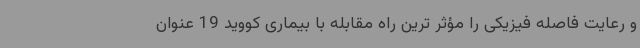
و رعایت فاصله فیزیکی را مؤثر ترین راه مقابله با بیماری کووید 19 عنوان